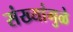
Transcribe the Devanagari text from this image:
संख्यांमुळे